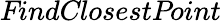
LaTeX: \textit{FindClosestPoint}